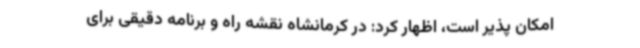
امکان پذیر است، اظهار کرد: در کرمانشاه نقشه راه و برنامه دقیقی برای